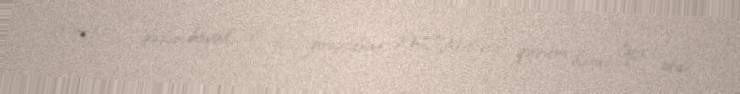
miqyası o qədər böyük idi ki, prezident MTN-i bir qurum kimi ləğv etdi.